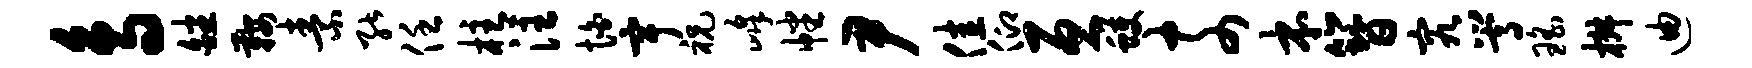
鸟皤鞍素能任柱注怕宇祝峰幡尹佳仰亘蠖奈本簪究嵩瑶椒迪